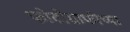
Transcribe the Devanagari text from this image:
फोटोग्राफीच्या